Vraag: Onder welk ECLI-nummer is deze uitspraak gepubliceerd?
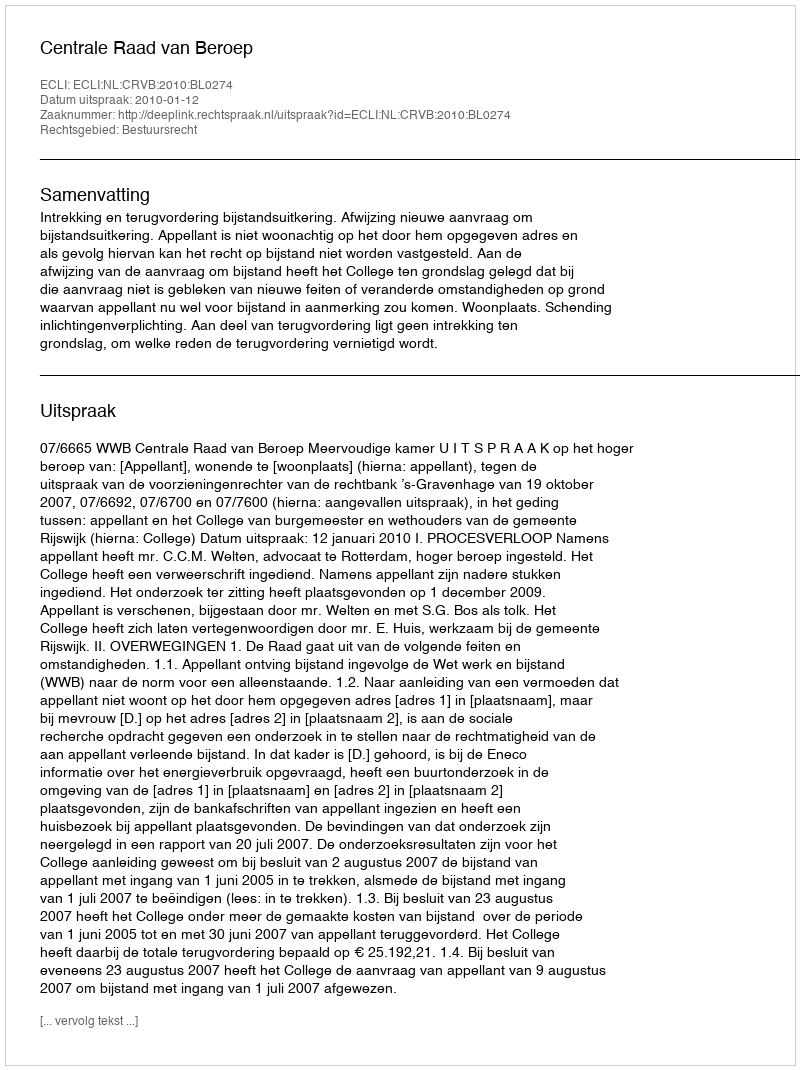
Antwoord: ECLI:NL:CRVB:2010:BL0274